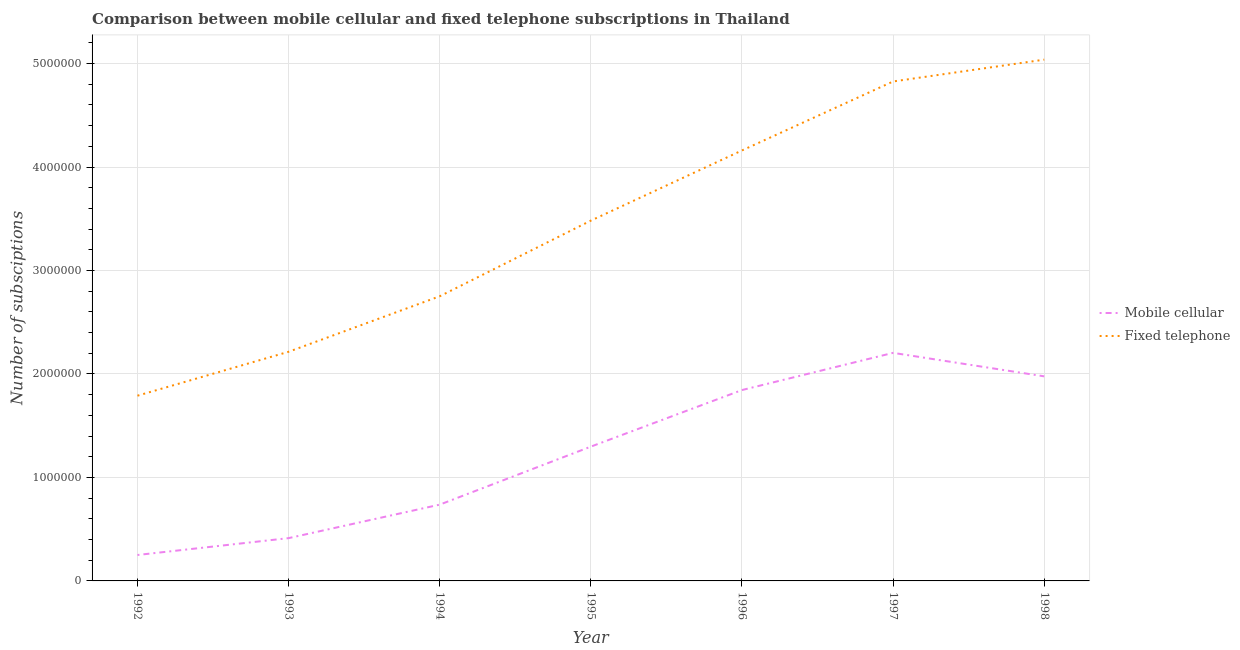
| Year | Mobile cellular | Fixed telephone |
 | --- | --- | --- |
 | 1992 | 2.51e+05 | 1.79e+06 |
 | 1993 | 4.14e+05 | 2.21e+06 |
 | 1994 | 7.37e+05 | 2.75e+06 |
 | 1995 | 1.3e+06 | 3.48e+06 |
 | 1996 | 1.84e+06 | 4.16e+06 |
 | 1997 | 2.2e+06 | 4.83e+06 |
 | 1998 | 1.98e+06 | 5.04e+06 |